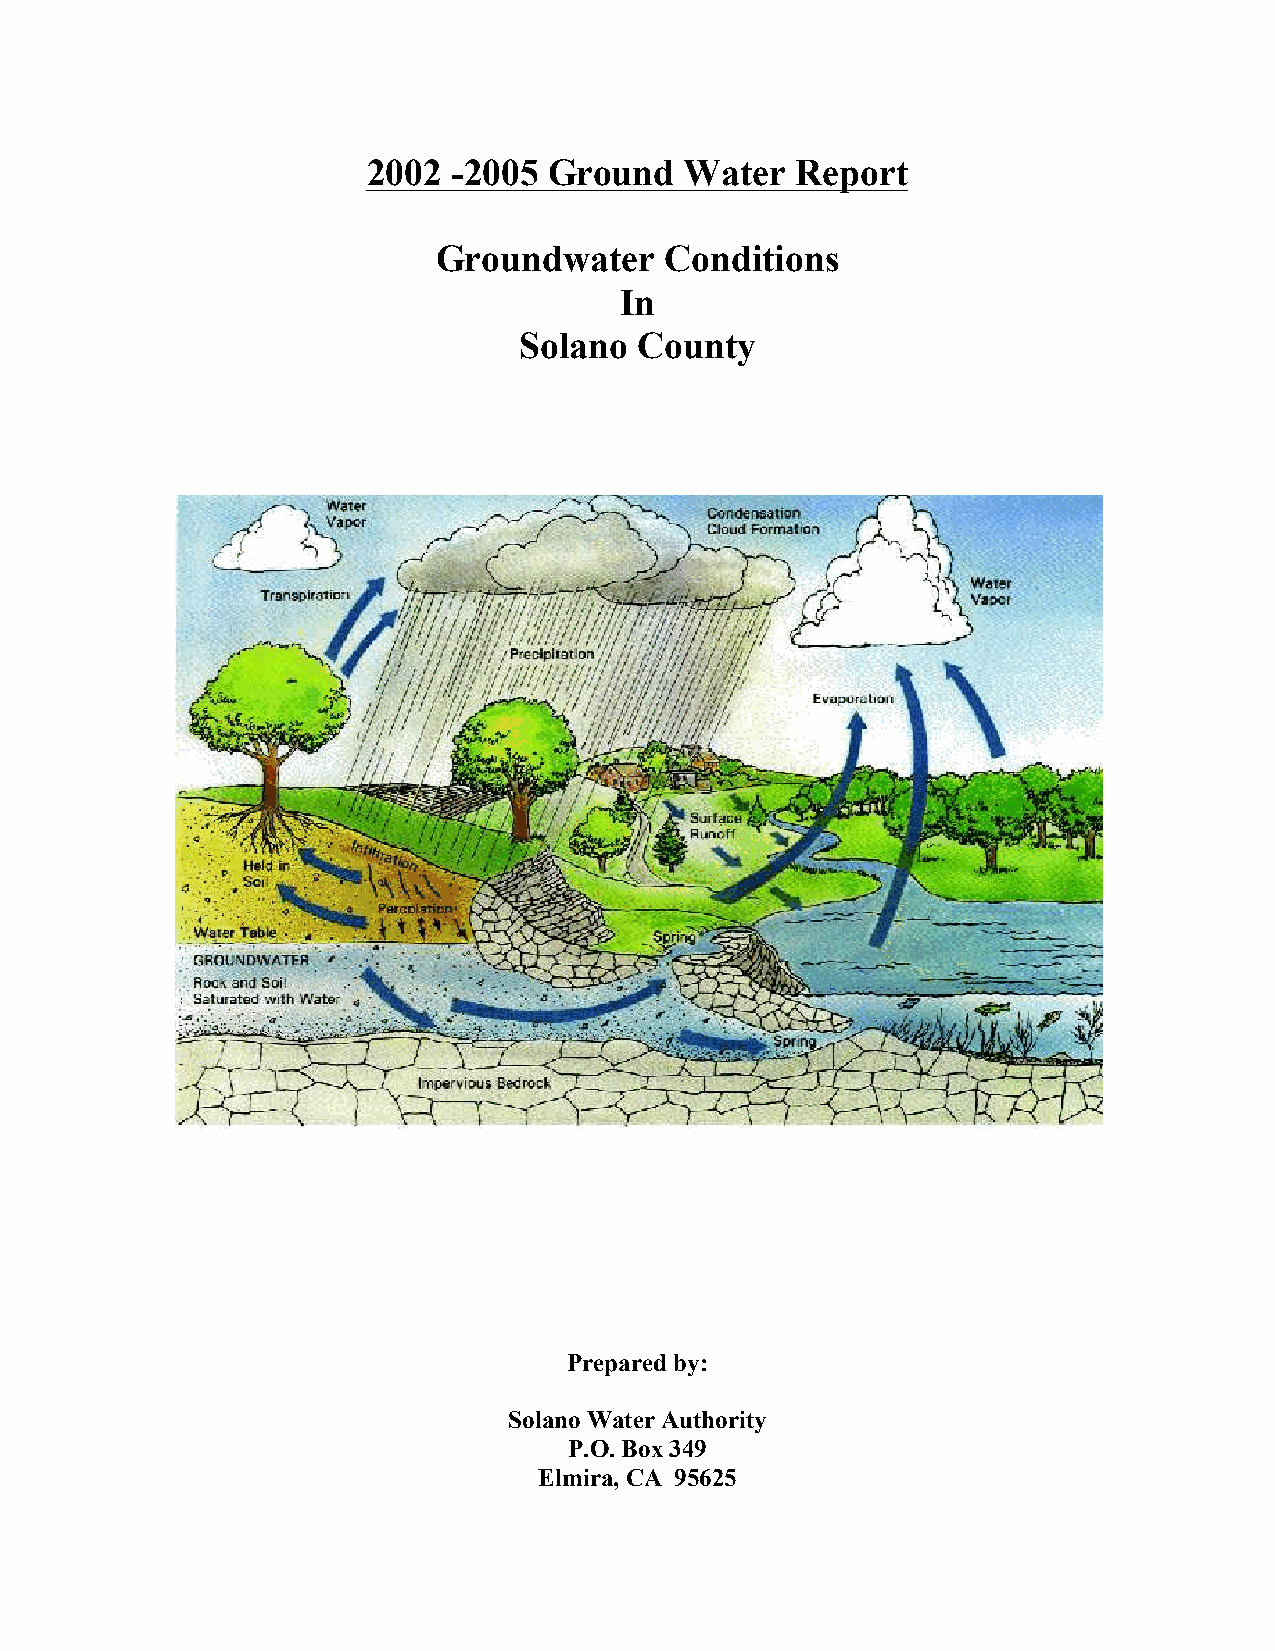
2002  -2005 Ground   Water   Report
 Groundwater    Conditions
 In
 Solano  County
 Prepared by:
 Solano Water Authority
 P.O. Box 349
 Elmira, CA 95625